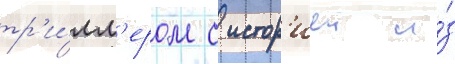
тр'и́лл'ером с истор'иеи и́з